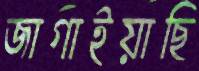
জাগাইয়াছি